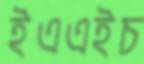
ইএএইচ